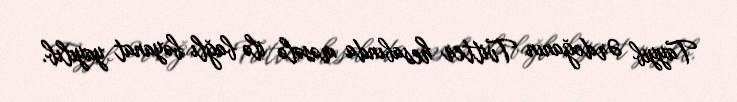
Tayyib Ərdoğanın Tvitter hesabında məsələ ilə bağlı bəyanat yayılıb.